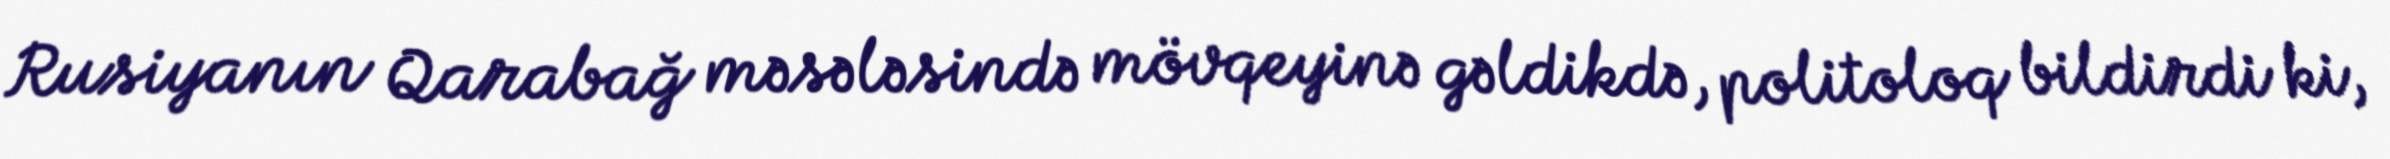
Rusiyanın Qarabağ məsələsində mövqeyinə gəldikdə, politoloq bildirdi ki,